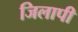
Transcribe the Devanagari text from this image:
जिलापी